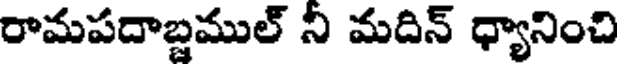
రామపదాబ్దముల్ నీ మదిన్ ధ్యానించి